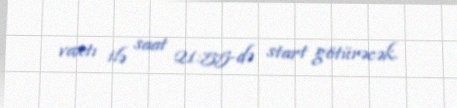
vaxtı ilə saat 21:55-də start götürəcək.